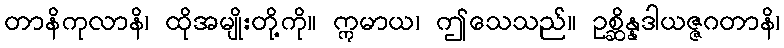
တာနိကုလာနိ၊ ထိုအမျိုးတို့ကို။ ဣမာယ၊ ဤသေသည်။ ဥစ္ဆိန္နဒါယဇ္ဇဂတာနိ၊